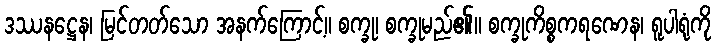
ဒဿနဋ္ဌေန၊ မြင်တတ်သော အနက်ကြောင့်။ စက္ခု၊ စက္ခုမည်၏။ စက္ခုကိစ္စကရဏေန၊ ရူပါရုံကို